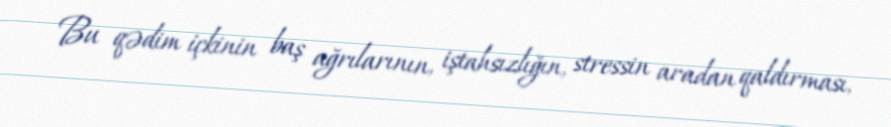
Bu qədim içkinin baş ağrılarının, iştahsızlığın, stressin aradan qaldırması,